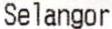
SELANGOR